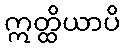
ဣတ္ထိယာပိ